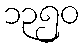
၁၃၅၀